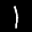
Label: 1